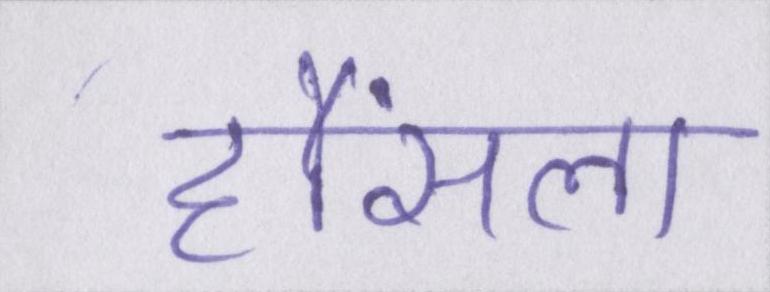
हौंसला